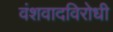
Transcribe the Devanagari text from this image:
वंशवादविरोधी